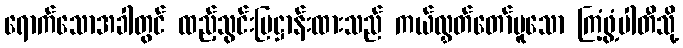
ရောက်သောအခါတွင် ထည့်သွင်းပြဋ္ဌာန်းထားသည် ကယ်လွှတ်တော်မူသော ကြံ့ဖွံ့ပါတီသို့